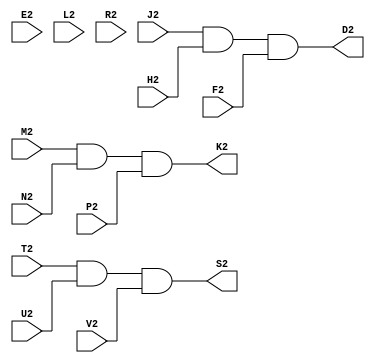
// M650 - Negative output converter
// Kyle Owen - 15 February 2021

module m650 (
	//A2,  // +5V
	//B2,  // -15V
	//C2,  // ground
	D2,
	E2,
	F2,
	H2,
	J2,
	K2,
	L2,
	M2,
	N2,
	P2,
	R2,
	S2,
	T2,
	U2,
	V2
	);
// power and ground
//inout A2, B2, C2; 

// main inputs
input J2, H2, F2, M2, N2, P2, T2, U2, V2;

// main outputs
output D2, K2, S2;

// unused (for slew rate control)
/* verilator lint_off UNUSED */
input E2, L2, R2;
/* lint_on */

// power assignments
//assign A2 = 1'b1;
//assign B2 = 1'b0;
//assign C2 = 1'b0;

assign D2 = J2 & H2 & F2;
assign K2 = M2 & N2 & P2;
assign S2 = T2 & U2 & V2;

endmodule